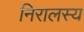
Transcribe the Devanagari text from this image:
निरालस्य